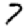
Digit: 7